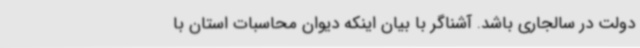
دولت در سالجاری باشد. آشناگر با بیان اینکه دیوان محاسبات استان با